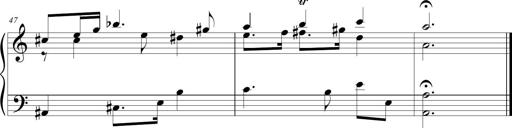
Title: Beatrice Bellaboomboom
Composer: Michel Rondeau
Key: A minor